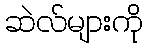
ဆဲလ်များကို